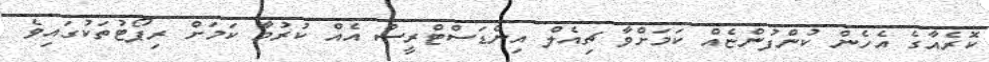
ކޮރެއާގެ އެހެން ކުންފުންޏެއް ކަމަށްވާ ޗިއެލް އިންޑަސްޓްރީސް އެއް ކުރުމާ ކަމަށް ރިޕޯޓުތަކުގައިވެ